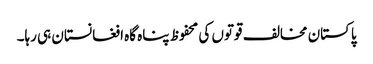
پاکستان مخالف قوتوں کی محفوظ پناہ گاہ افغانستان ہی رہا۔